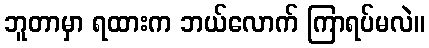
ဘူတာမှာ ရထားက ဘယ်လောက် ကြာရပ်မလဲ။